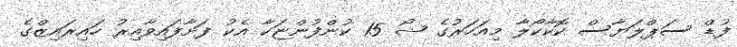
ފުޑް ސަޕްލަޔާސް ކޮކާކޯލާ މިއަހަރުގެ ޝޯ 15 ކުންފުންޏަކާ އެކު ފަށާފައިވާއިރު ހައިރައިޒްގެ